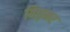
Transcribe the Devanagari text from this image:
विड्मर